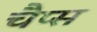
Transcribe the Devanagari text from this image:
चैप्स